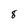
Character: 8